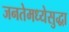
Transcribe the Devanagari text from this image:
जनतेमध्येसुद्धा